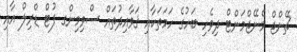
ޗޭންޖް މެނޭޖްމަންޓް ދިވެހި ބަހުގެ ހަމަތަކާއި ޤަވާއިދުތައް ސްވިމިންގ ފުޓް ޑްރިލް އާއި